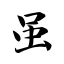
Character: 虽